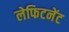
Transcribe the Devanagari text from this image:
लेफिटनेंट